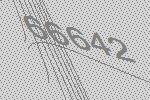
66642